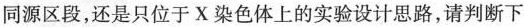
同源区段，还是只位于X染色体上的实验设计思路，请判断下